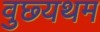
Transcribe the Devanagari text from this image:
वुछ्यथम